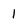
Character: 1